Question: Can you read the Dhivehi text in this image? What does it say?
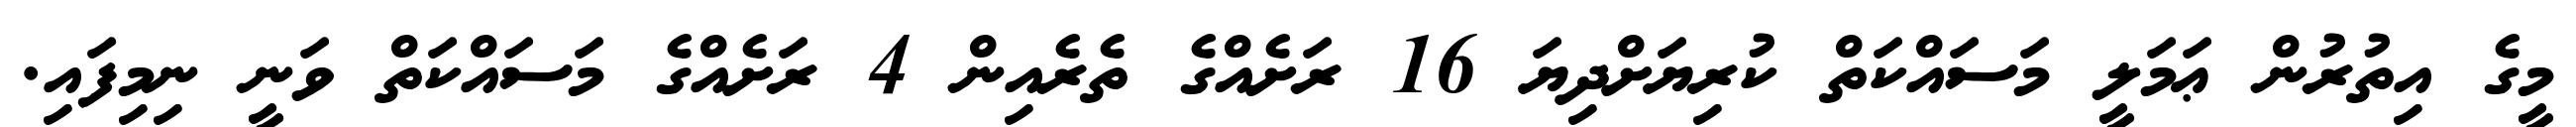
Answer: މީގެ އިތުރުން ޢަމަލީ މަސައްކަތް ކުރިޔަށްދިޔަ 16 ރަށެއްގެ ތެރެއިން 4 ރަށެއްގެ މަސައްކަތް ވަނީ ނިމިފައި.